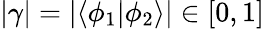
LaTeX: |\gamma|=|\langle\phi_{1}|\phi_{2}\rangle|\in[0,1]